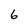
Character: 6